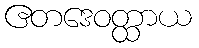
ဧတဒေဝတ္ထာယ